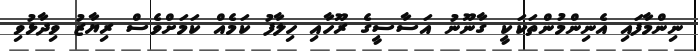
ނިންމާފައި އެނިންމުންތަކަކީ ގާނޫނު އަސާސީގެ ރޫހާއި ހިލާފު ކަމެއް ކަމަށްވެސް ރިޔާޒު ވިދާޅުވި